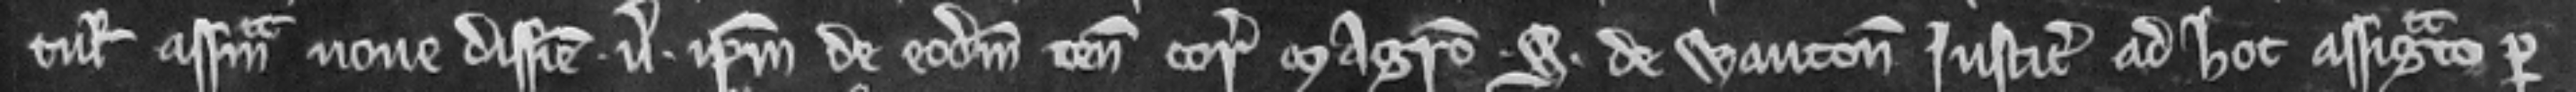
tulit assisam nove disseisine versus ipsum de eodem tenemento coram Magistro S. de Wauton justiciario ad hoc assignato per quam